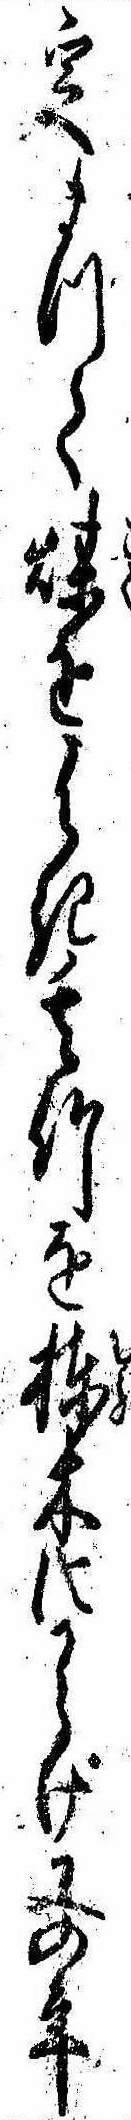
定まつて煤をはき其竹を棟木にからげ又の年